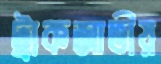
ট্রাকজাতীয়